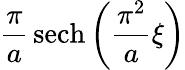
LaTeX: {\frac{\pi}{a}}\operatorname{sech}\left({\frac{\pi^{2}}{a}}\xi\right)